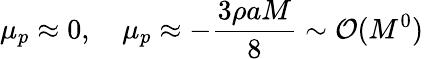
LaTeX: \mu_{p}\approx 0,\quad\mu_{p}\approx-\frac{3\rho aM}{8}\sim\mathcal{O}(M^{0})